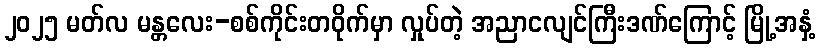
၂၀၂၅ မတ်လ မန္တလေး-စစ်ကိုင်းတဝိုက်မှာ လှုပ်တဲ့ အညာငလျင်ကြီးဒဏ်ကြောင့် မြို့အနှံ့